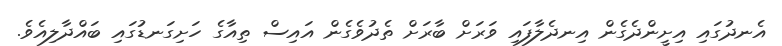
އެނދުގައި އިށީންދެގެން އިނދެލާފައި ވަރަށް ބާރަށް ތެދުވެގެން އައިސް ތިއާގެ ހަށިގަނޑުގައި ބައްދާލިއެވެ.